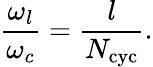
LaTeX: \frac{\omega_{l}}{\omega_{c}}=\frac{l}{N_{\mathrm{cyc}}}.